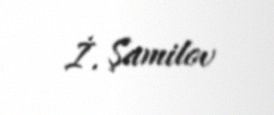
İ. Şamilov